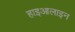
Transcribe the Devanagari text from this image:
हाइआलाइन